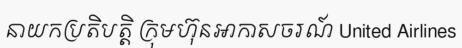
នាយកប្រតិបត្តិ ក្រុមហ៊ុនអាកាសចរណ៍ United Airlines